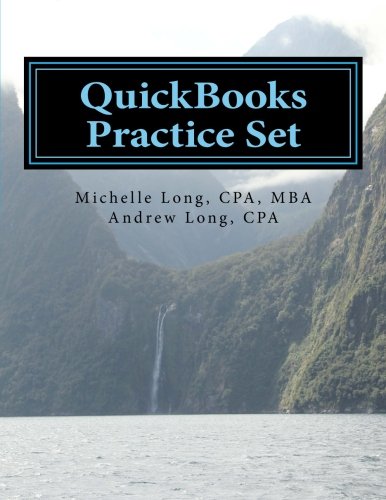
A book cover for QuickBooks Practice Set: QuickBooks Experience using Realistic Transactions for Accounting, Bookkeeping, CPAs, ProAdvisors, Small Business Owners or other users; Michelle L. Long; Computers & Technology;